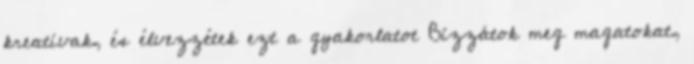
kreatívak, és élvezzétek ezt a gyakorlatot Bízzátok meg magatokat,